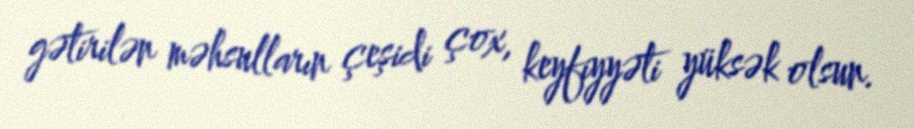
gətirilən məhsulların çeşidi çox, keyfiyyəti yüksək olsun.